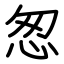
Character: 怱